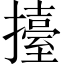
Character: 擡